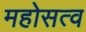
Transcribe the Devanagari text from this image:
महोसत्व